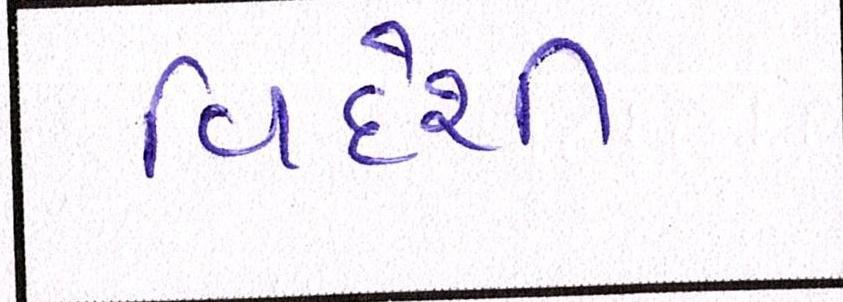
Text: વિદેશી